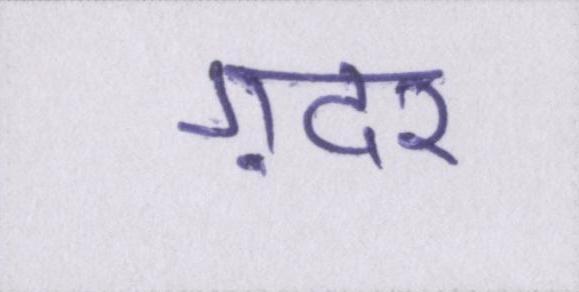
ग़दर